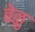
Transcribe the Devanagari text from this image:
बेळु